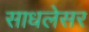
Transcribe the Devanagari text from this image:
साधलेसर